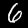
Label: 6